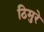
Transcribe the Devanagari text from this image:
ठिमुरे